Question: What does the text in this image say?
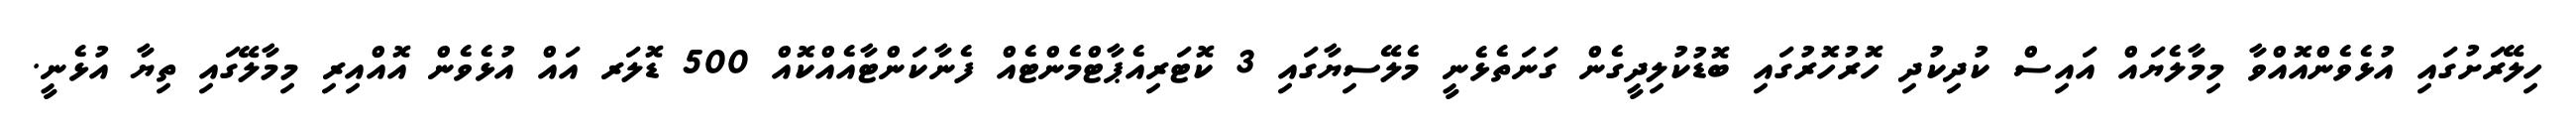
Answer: ހިލޭރަށުގައި އުޅެވެންއޮއްވާ މިމާލެޔައް އައިސް ކުދިކުދި ހޮރުހޮރުގައި ބޮޑުކުލިދީގެން ގަނަތެޅެނީ މެލޭސިޔާގައި 3 ކޮޓަރިއެޕާޓްމެންޓެއް ފެނާކަންޓާއެއްކޮއް 500 ޑޮލަރ އައް އުޅެވެން އޮއްއިރި މިމާލޭގައި ތިޔާ އުޅެނީ.